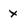
Character: x